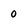
Character: 0